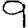
Digit: 9